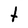
Character: t